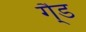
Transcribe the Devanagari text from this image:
गै्ड